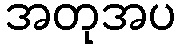
အတုအပ